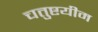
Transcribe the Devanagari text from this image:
चतुष्टयीम